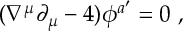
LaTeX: ( \nabla ^ { \mu } \partial _ { \mu } - 4 ) \phi ^ { a ^ { \prime } } = 0 \ ,